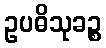
ဥပဓိသုခဉ္စ